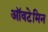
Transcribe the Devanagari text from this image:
ऑवटेमिन